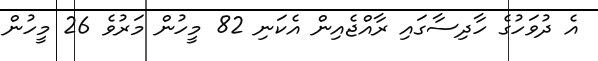
އެ ދުވަހުގެ ހާދިސާގައި ރާއްޖެއިން އެކަނި 82 މީހުން މަރުވެ 26 މީހުން